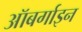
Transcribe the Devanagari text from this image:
ऑबर्गाइन